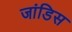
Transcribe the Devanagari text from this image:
जांडिस